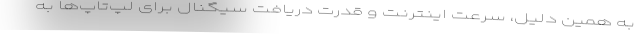
به همین دلیل، سرعت اینترنت و قدرت دریافت سیگنال برای لپ‌تاپ‌ها به